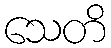
သေတိ